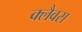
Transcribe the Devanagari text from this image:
क्लैवस